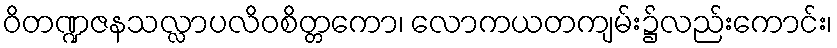
ဝိတဏ္ဍဇနသလ္လာပလိဝစိတ္တကော၊ လောကယတကျမ်း၌လည်းကောင်း၊